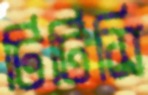
টিটিসি